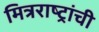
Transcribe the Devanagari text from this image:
मित्रराष्ट्रांची